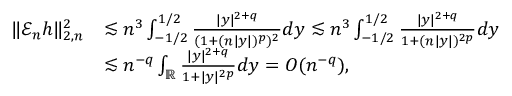
\begin{array} { r l } { \| \mathscr { E } _ { n } h \| _ { 2 , n } ^ { 2 } } & { \lesssim n ^ { 3 } \int _ { - 1 / 2 } ^ { 1 / 2 } \frac { | y | ^ { 2 + q } } { ( 1 + ( n | y | ) ^ { p } ) ^ { 2 } } d y \lesssim n ^ { 3 } \int _ { - 1 / 2 } ^ { 1 / 2 } \frac { | y | ^ { 2 + q } } { 1 + ( n | y | ) ^ { 2 p } } d y } \\ & { \lesssim n ^ { - q } \int _ { \mathbb { R } } \frac { | y | ^ { 2 + q } } { 1 + | y | ^ { 2 p } } d y = O ( n ^ { - q } ) , } \end{array}